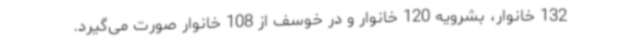
132 خانوار، بشرویه 120 خانوار و در خوسف از 108 خانوار صورت می‌گیرد.